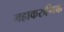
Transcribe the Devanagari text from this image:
महाकरुणिक